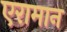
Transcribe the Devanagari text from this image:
एरामान